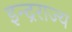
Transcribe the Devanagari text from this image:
इन्द्रराज्य